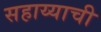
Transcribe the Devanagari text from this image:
सहाय्याची